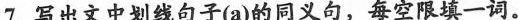
7.写出文中划线句子(a)的同义句,每空限填一词.